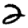
Digit: 2